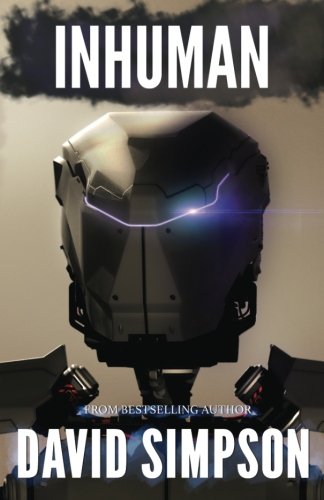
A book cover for Inhuman (Post-Human); David Simpson; Science Fiction & Fantasy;